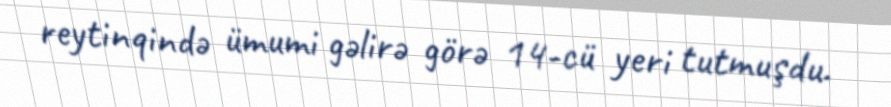
reytinqində ümumi gəlirə görə 14-cü yeri tutmuşdu.